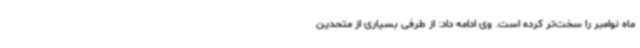
ماه نوامبر را سخت‌تر کرده است. وی ادامه داد: از طرفی بسیاری از متحدین